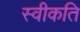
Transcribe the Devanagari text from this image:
स्वीकति